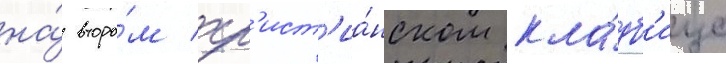
на́ второ́м хр'ист'иа́нском кла́дб'ище